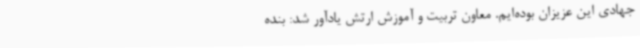
جهادی این عزیزان بوده‌ایم. معاون تربیت و آموزش ارتش یادآور شد: بنده